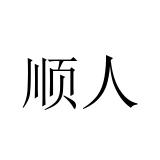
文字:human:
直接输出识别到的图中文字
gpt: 顺人